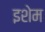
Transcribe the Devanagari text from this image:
इशेम